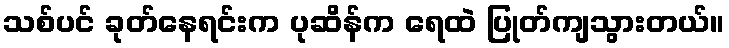
သစ်ပင် ခုတ်နေရင်းက ပုဆိန်က ရေထဲ ပြုတ်ကျသွားတယ်။